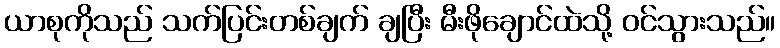
ယာစုကိုသည် သက်ပြင်းတစ်ချက် ချပြီး မီးဖိုချောင်ထဲသို့ ဝင်သွားသည်။